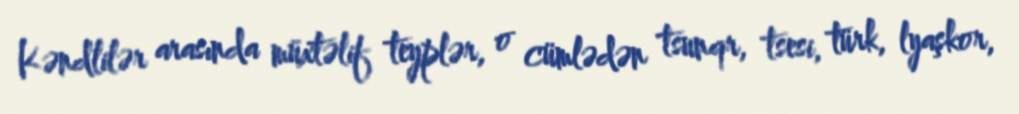
Kəndlilər arasında müxtəlif teyplər, o cümlədən tsunqr, tsesi, türk, lyaşkor,